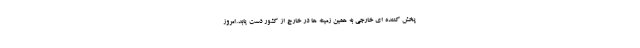
پخش کننده ای خارجی به همین زمینه ها در خارج از کشور دست یابد.امروز